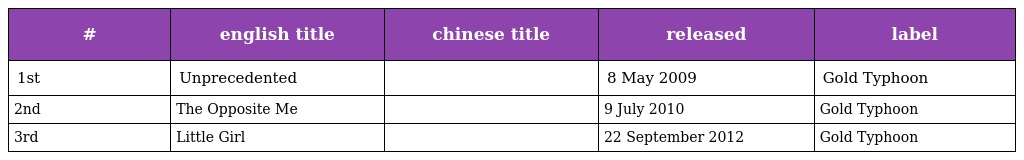
| # | english title | chinese title | released | label |
 | --- | --- | --- | --- | --- |
 | 1st | Unprecedented | 破天荒 | 8 May 2009 | Gold Typhoon |
 | 2nd | The Opposite Me | 相反的我 | 9 July 2010 | Gold Typhoon |
 | 3rd | Little Girl | 小女孩 | 22 September 2012 | Gold Typhoon |